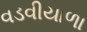
વડવીયાળા